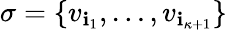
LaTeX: \sigma=\{ v_{\mathbf{i}_{1}},\ldots,v_{\mathbf{i}_{\kappa+1}}\}